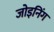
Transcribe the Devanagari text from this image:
जोइनिंग